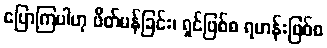
ပြောကြပါဟု ဖိတ်မန်ခြင်း၊ ရှင်ဖြစ်စ ရဟန်းဖြစ်စ